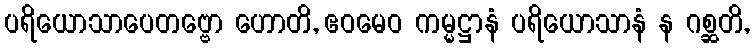
ပရိယောသာပေတဗ္ဗော ဟောတိ, ဧဝမေဝ ကမ္မဋ္ဌာနံ ပရိယောသာနံ န ဂစ္ဆတိ,